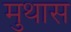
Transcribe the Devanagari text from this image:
मुथास